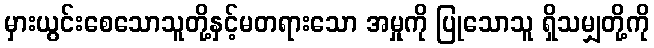
မှားယွင်းစေသောသူတို့နှင့်မတရားသော အမှုကို ပြုသောသူ ရှိသမျှတို့ကို